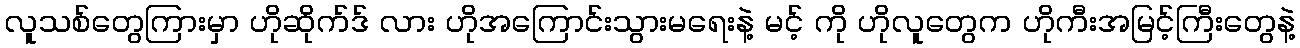
လူသစ်တွေကြားမှာ ဟိုဆိုက်ဒ် လား ဟိုအကြောင်းသွားမရေးနဲ့ မင့် ကို ဟိုလူတွေက ဟိုကီးအမြင့်ကြီးတွေနဲ့